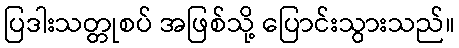
ပြဒါးသတ္တုစပ် အဖြစ်သို့ ပြောင်းသွားသည်။